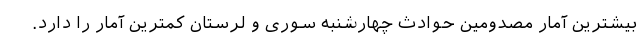
بیشترین آمار مصدومین حوادث چهارشنبه سوری و لرستان کمترین آمار را دارد.